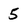
Character: 5